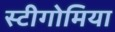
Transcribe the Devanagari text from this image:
स्टीगोमिया